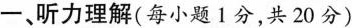
一、听力理解(每小题1分，共20分)